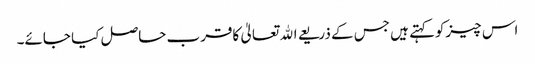
اس چیزکوکہتے ہیں جس کے ذریعے اﷲ تعالیٰ کاقرب حاصل کیا جائے۔